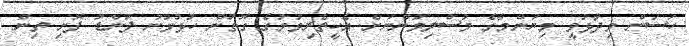
ހަސަން ވިދާޅުވީ މިޔަންމާގެ މުސްލިމުންނަށް އެހީތެރިވުމުގެ ގޮތުން ހުުޅުވުނު ފަންޑު ފޮށި ތިން